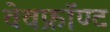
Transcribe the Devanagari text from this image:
वेवफ्रॉण्ट